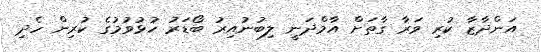
އަންދާޒާ ކުރި ވަރާ ގާތަށް އާމްދަނީ ލިބުނުއިރު ބޯޑަރު ހުޅުވުމުގެ ކުރިން ހެދި